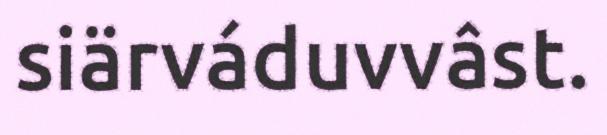
siärváduvvâst.